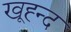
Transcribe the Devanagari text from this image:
खूह्न्द